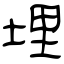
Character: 埋